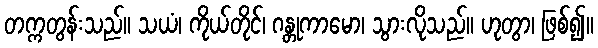
တက္ကတွန်းသည်။ သယံ၊ ကိုယ်တိုင်၊ ဂန္တုကာမော၊ သွားလိုသည်။ ဟုတွာ၊ ဖြစ်၍။